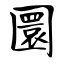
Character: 圜